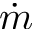
\dot { m }